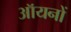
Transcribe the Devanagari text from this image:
ऑयनों